Statistical return of the lunatic asylum in Assam - 1912-1932
Year: 1912
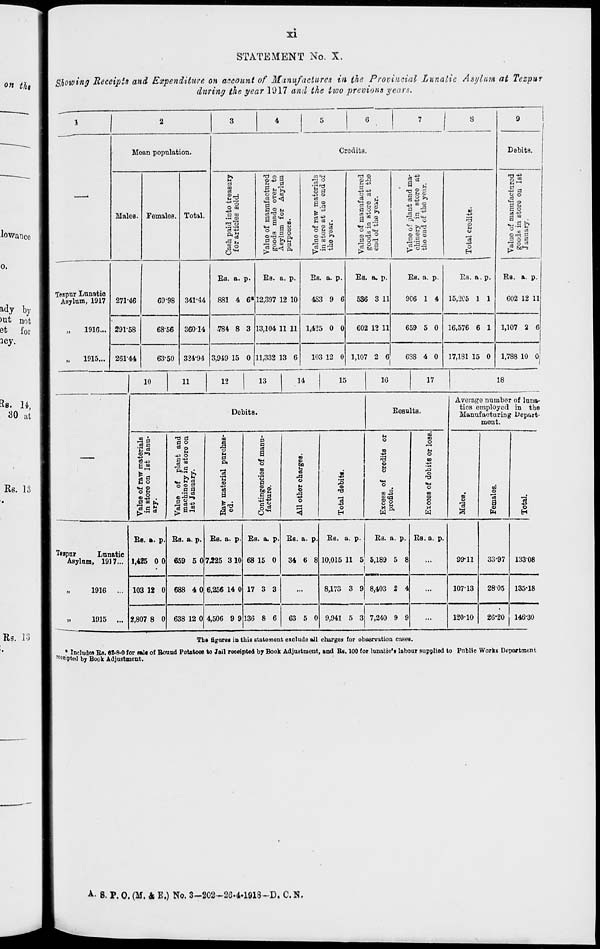
XI
STATEMENT No. X.
Showing Receipts and Expenditure on account of Manufactures in the Provincial Lunatic Asylum at Tezpur
during the year 1917 and the two previous years.
1
1
2
3
4
5
6
7
1 s
9
i
Moan population.
Crodit3.
i
Debits.
K
to <n
ra o
J. -* 3
ITS -13
M
n °
<I) -rl
5 *
O °>
a
m
SJ
pi
■ 1 8*5
tit
-13-u
E-*
Males. Females. Total.
O tO
C XI
«4-l O "«
Pi
H3 O
tt
B * u
° ft p
a!j
OT3 O
ago
§5 ►»
^ ai o
a -^
O M a
©go
K
O
E
O
a o
pi M
I 10 .
° 03 *
Orrt PI
•" n
0 O £>£•
B to a,
Pi OT3
^.So
cS
PI o O
o^1
75 =>J2 a
"3 c=3
[> 0.13
43
O
H
"5 5 3
Bs. a. P-
EH. a. p.
Bs. a. p.
Ba. a. p.
Bs. a. p.
Bs. a. p.
BB. a. p.
Tespttr Lunatio
Asylum, 1917 271-46
69-98 341-44
881 4 6* 12,397 12 10
4S3 9 6
536 3 11
906 1 4 15,205 1 1
602 12 11
1916... 291-58
6856 36014
.784 8 3 13,104 11 11 1,425 0 0
602 12 11
659 5 0 16,576 6 1 1,107 2 6
„
1915... 261-44
63-50 324-94 3,949 15 0 11,332 13 6
103 12 0 1,107 2 6
638 4 0 17,1S1 15 0 1,788 10 01
10
11
12
13
14
15
16
17
18
Average number of luna-
De 1 )its.
Besults.
tics employed in the
Manufactaring Depart-
ment.
-3*
*o a
a o
a o>
M
■+a O
(3 "♦*
m
1 o
M
0
h a a
a
h
o
on
-43
n3
m
to
(4
o
ID
1
w i-i
o3 5
si
TLS •
° 2 S
9 9
•a ■
"3
Q
•+J
o
ID
<D
"o
a
Ig
.5 §
G «-
d
o
h
i
9
<D
M
O
<M
O
o
«M
o
D
m
ID
tri
O
5 B >>
" c s ga5
1*8
0
<
3 o
H
8
H
a
5
(So
i*
43
O
H
BE. a. p. Es. a. p. KB. a. p. Bs. a. p. Bs. a. p. Es. a • P-
Bs. a. p. Bs. a. p.
Teapur
Lunatic
Asylum, 1917... 1,425 0 0 659 5 07 ,225 310 68 15 0
34 6 8 10,015 1 1 5 5,189 5 8
i
...
99-11
33-97 13308
1916
... 103 12 0 688 40 € ,256 14 0 17 3 3
...
8,173 3 9 8,403 2 4
...
107-13
2805 135'18
1915 ... 2,807 8 0 638 12 0 4 ,506 9 9 136 8 6
63 5 0 9,941 5 3 7,240 9 9
...
120*10
26-20 146-30
The figarea in this statement excludo all charges for observation cases.
. * Inclnden RH. 6E-8-0 for Mile of Bouud Potatoes to Jail receipted by Book Adjustment, and Be. 100 for lunatio'v labour supplied to Public Works Department
IC «ipted by Book Adjustment.
A - B. P. 0. (M. 4 E.) No. 3-202~2G.4.1918~D. C.N.